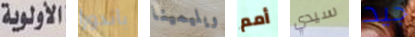
الأولوية باندورا ويليمينا أمم سيدي جيد